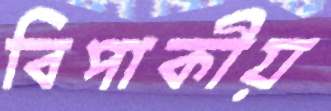
বিপাকীয়